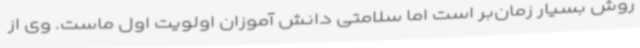
روش بسیار زمان‌بر است اما سلامتی دانش آموزان اولویت اول ماست. وی از